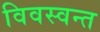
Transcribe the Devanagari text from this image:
विवस्वन्त